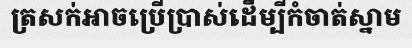
ត្រសក់អាចប្រើប្រាស់ដើម្បីកំចាត់ស្នាម